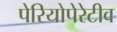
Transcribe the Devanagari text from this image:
पेरियोपेरेटीव